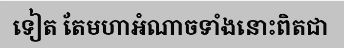
ទៀត តែមហាអំណាចទាំងនោះពិតជា